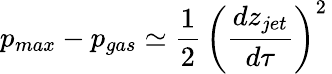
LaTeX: p_{max}-p_{gas}\simeq\frac{1}{2}\, \left(\frac{dz_{jet}}{d\tau}\right)^{2}\,